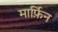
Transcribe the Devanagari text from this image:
मार्फ़िन